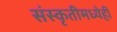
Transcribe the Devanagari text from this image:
संस्कृतीमध्येही